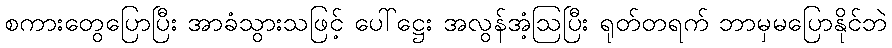
စကားတွေပြောပြီး အာခံသွားသဖြင့် ပေါ်ဋ္ဌေး အလွန်အံ့ဩပြီး ရုတ်တရက် ဘာမှမပြောနိုင်ဘဲ